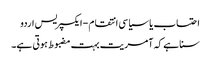
احتساب یا سیاسی انتقام - ایکسپریس اردو
سنا ہے کہ آمریت بہت مضبوط ہوتی ہے۔